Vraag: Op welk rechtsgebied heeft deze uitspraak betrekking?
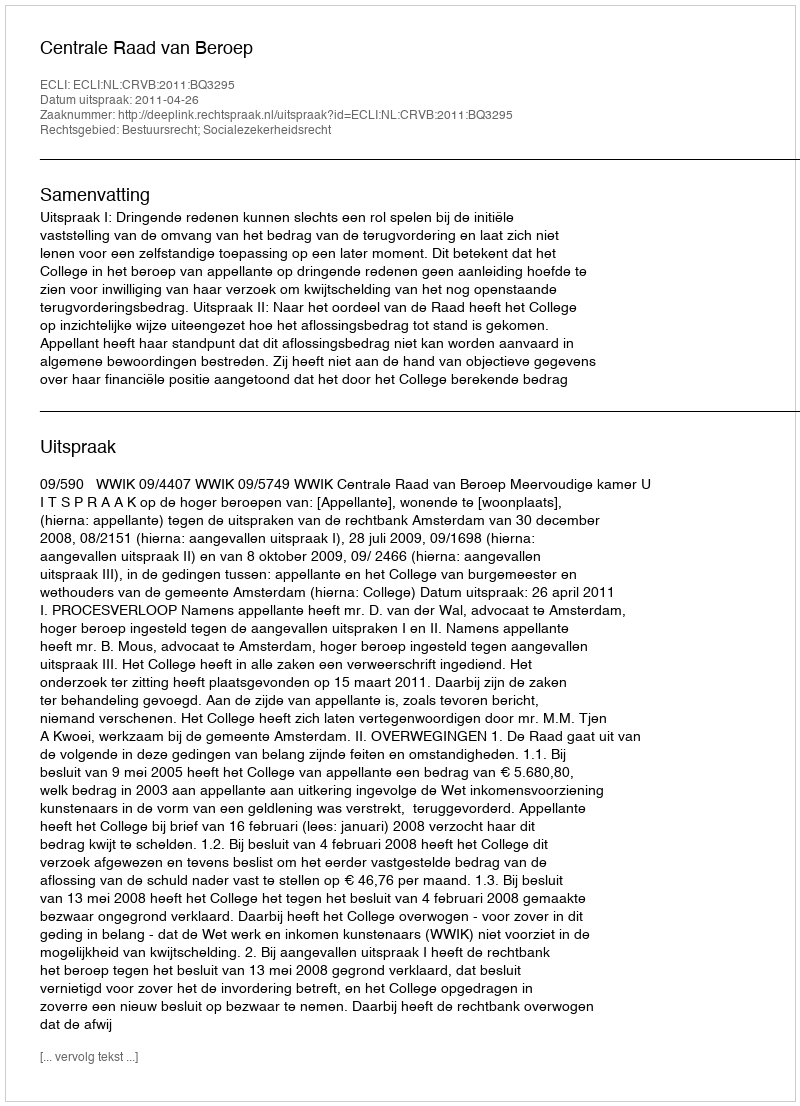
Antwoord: Bestuursrecht; Socialezekerheidsrecht